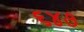
૬૪૭